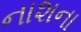
નાશના